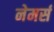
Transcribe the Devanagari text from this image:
नेमर्स